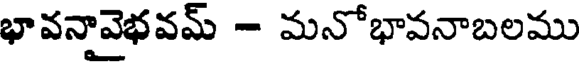
భావనావైభవమ్ - మనోభావనాబలము